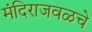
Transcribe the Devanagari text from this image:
मंदिराजवळचे